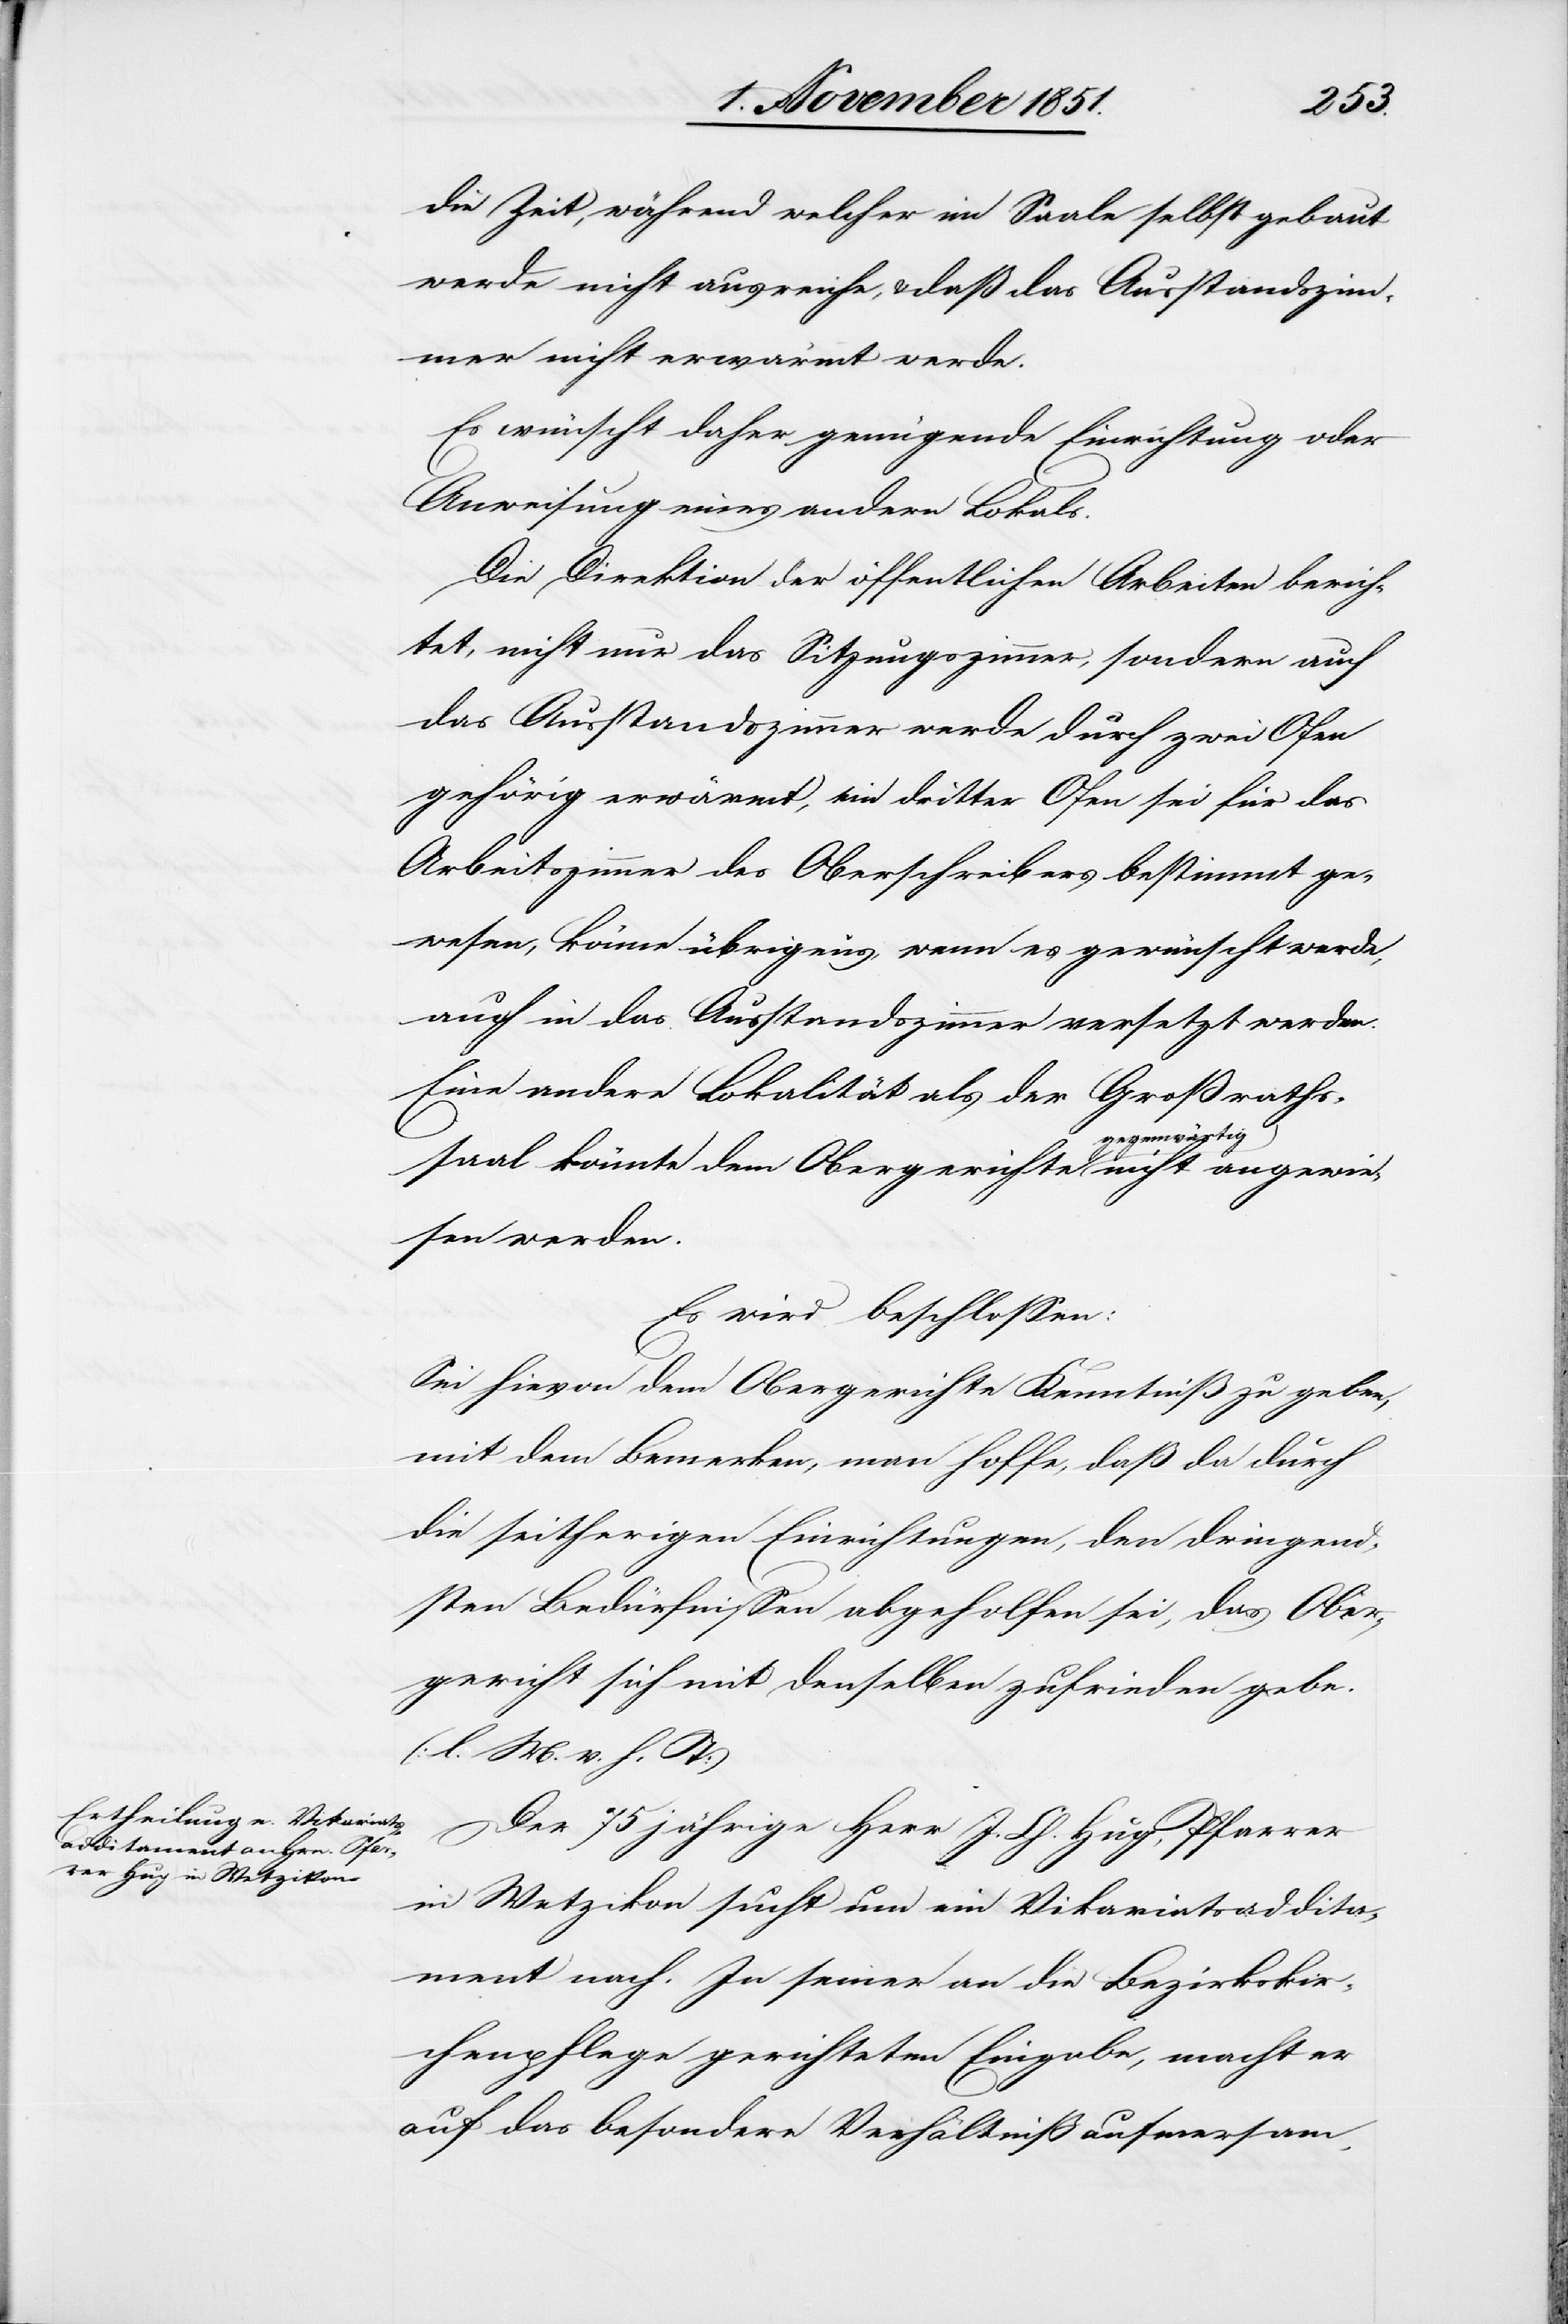
die Zeit, während welcher im Saale selbst gebaut
werde nicht ausreiche, & daß das Ausstandszim¬
mer nicht erwärmt werde.
Es wünscht daher genügende Einrichtung oder
Anweisung eines andern Lokals.
Die Direktion der öffentlichen Arbeiten berich¬
tet, nicht nur das Sitzungszimmer, sondern auch
das Ausstandszimmer werde durch zwei Ofen
gehörig erwärmt, ein dritter Ofen sei für das
Arbeitszimmer des Oberschreibers bestimmt ge¬
wesen, könne übrigens, wenn es gewünscht werde,
auch in das Ausstandszimmer versetzt werden.
Eine andere Lokalität als der Großraths¬
saal könnte dem Obergerichte gegenwärtig nicht angewie¬
sen werden.
Es wird beschlossen:
Sei hievon dem Obergerichte Kenntniß zu geben,
mit dem Bemerken, man hoffe, daß da durch
die seitherigen Einrichtungen, den dringend¬
sten Bedürfnissen abgeholfen sei, das Ober¬
gericht sich mit denselben zufrieden gebe.
(l. M. v. h. T)
Der 75 jährige Herr J. Ch. Hug, Pfarrer
in Wetzikon sucht um ein Vikariatsaddita¬
ment nach. In seiner an die Bezirkskir¬
chenpflege gerichteten Eingabe, macht er
auf das besondere Verhältniß aufmerksam,